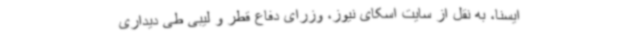
ایسنا، به نقل از سایت اسکای نیوز، وزرای دفاع قطر و لیبی طی دیداری